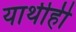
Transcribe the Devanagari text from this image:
यार्थीही